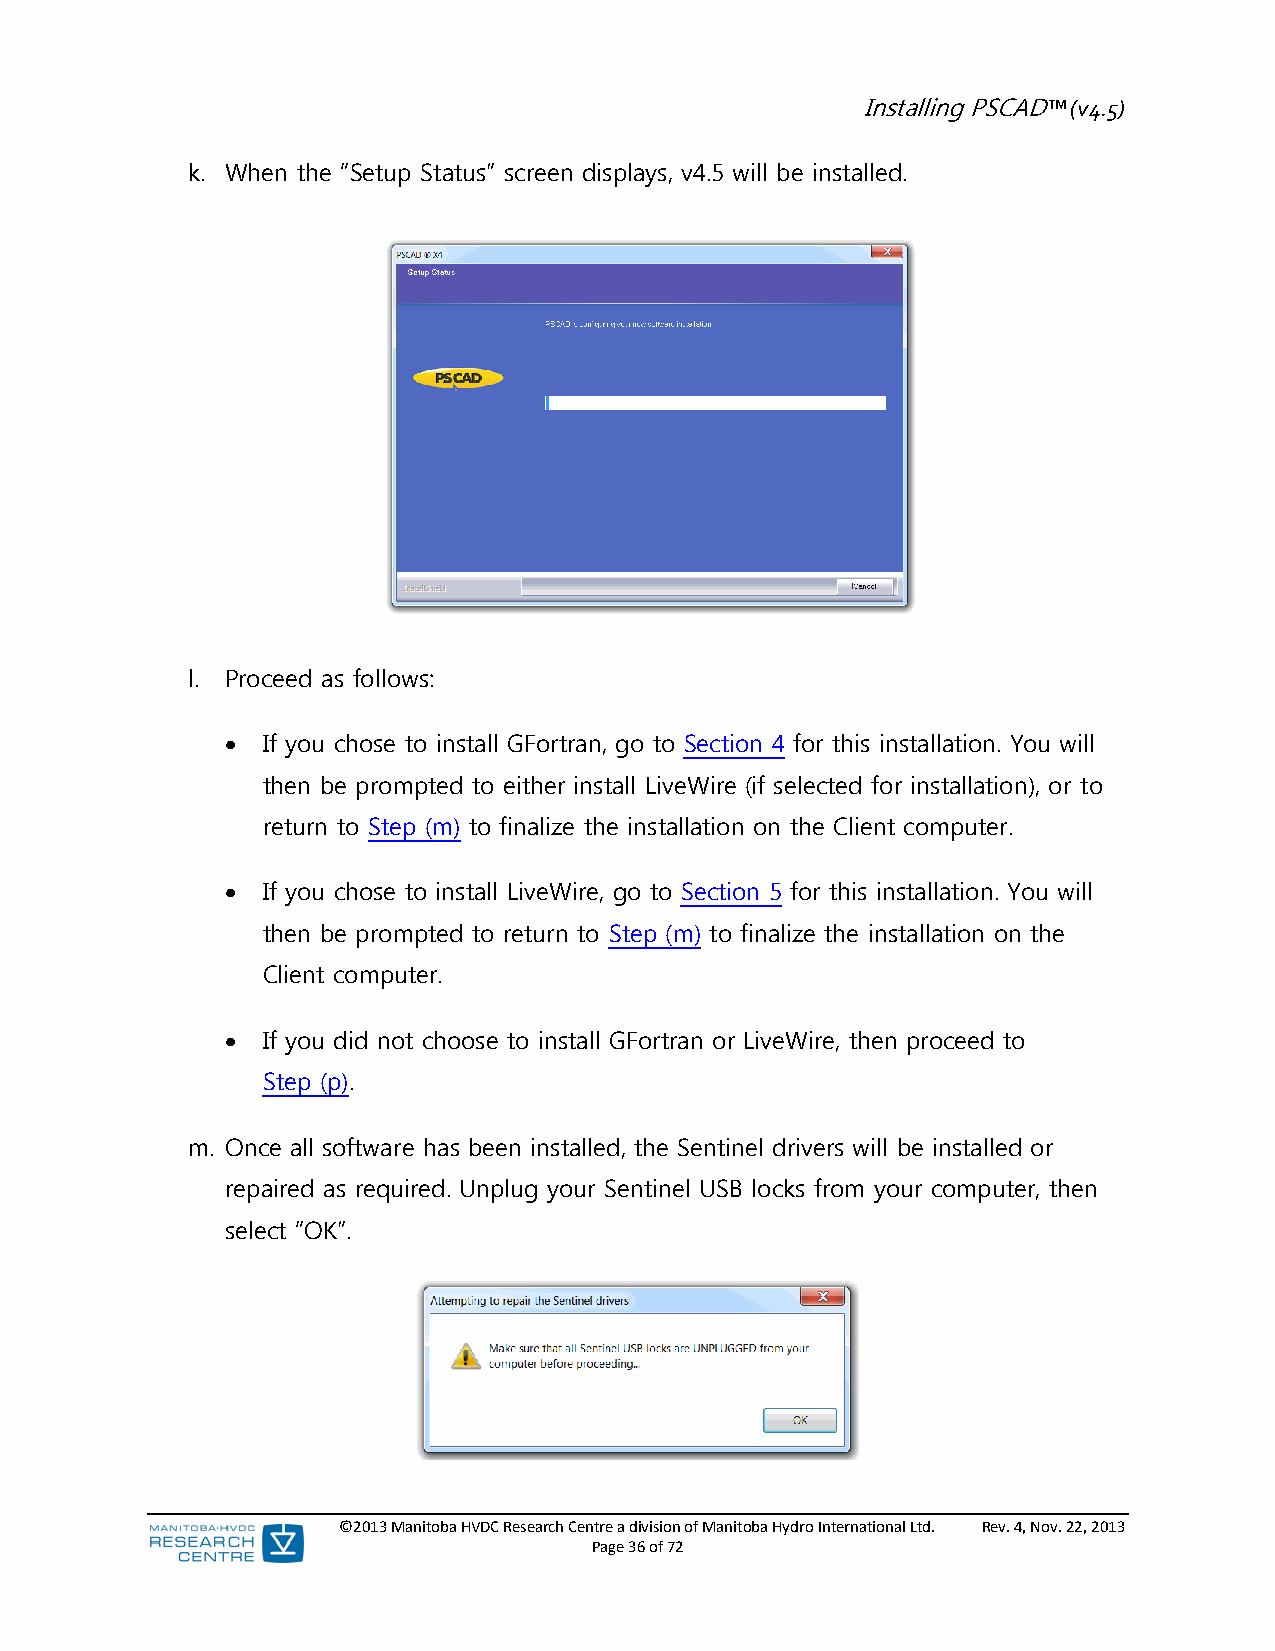
Installing PSCAD™ (v4.5)
 k. When the “Setup Status” screen displays, v4.5 will be installed.
 l. Proceed as follows:
  If you chose to install GFortran, go to Section 4 for this installation. You will
 then be prompted to either install LiveWire (if selected for installation), or to
 return to Step (m) to finalize the installation on the Client computer.
  If you chose to install LiveWire, go to Section 5 for this installation. You will
 then be prompted to return to Step (m) to finalize the installation on the
 Client computer.
  If you did not choose to install GFortran or LiveWire, then proceed to
 Step (p).
 m. Once all software has been installed, the Sentinel drivers will be installed or
 repaired as required. Unplug your Sentinel USB locks from your computer, then
 select “OK”.
 ©2013 Manitoba HVDC Research Centre a division of Manitoba Hydro International Ltd. Rev. 4, Nov. 22, 2013
 Page 36 of 72